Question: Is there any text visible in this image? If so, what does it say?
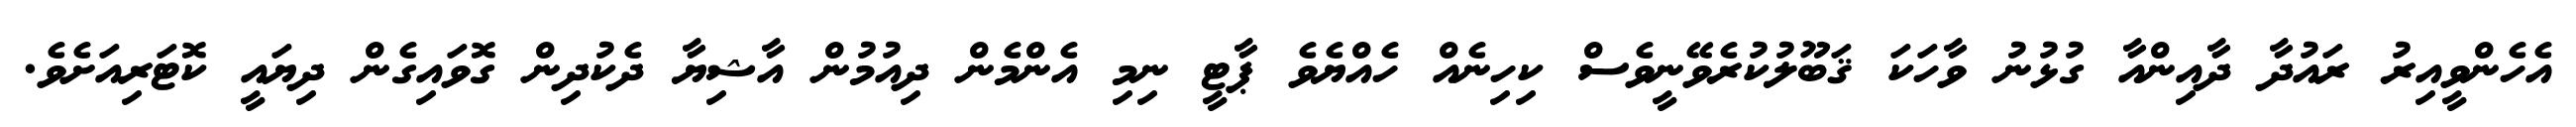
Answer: އެހެންވީއިރު ރައުދާ ދާއިންއާ ގުޅުނު ވާހަކަ ޤަބޫލުކުރެވޭނީވެސް ކިހިނެއް ހެއްޔެވެ ޕާޓީ ނިމި އެންމެން ދިއުމުން އާޝިޔާ ދެކުދިން ގޮވައިގެން ދިޔައީ ކޮޓަރިއަށެވެ.